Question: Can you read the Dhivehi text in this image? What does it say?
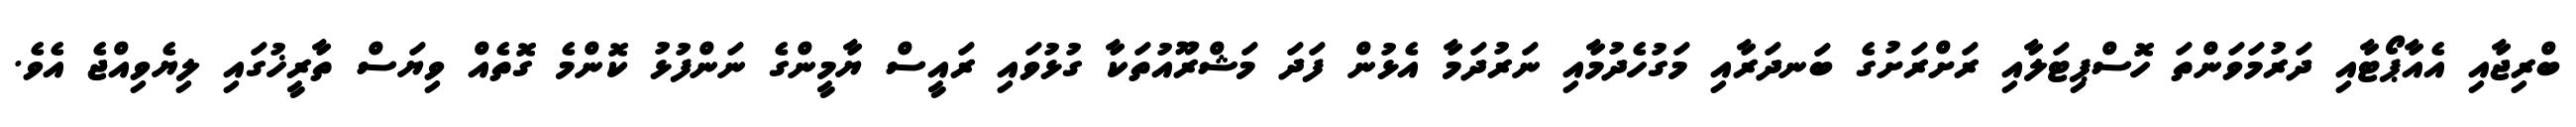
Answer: ބްރިޖާއި އެއާޕޯޓާއި ދަރުމަވަންތަ ހޮސްޕިޓަލާއި ރަށްރަށުގެ ބަނދަރާއި މަގުހެދުމާއި ނަރުދަމާ އެޅުން ފަދަ މަޝްރޫއުތަކާ ގުޅުވައި ރައީސް ޔާމީންގެ ނަންފުޅު ކޮންމެ ގޮތެއް ވިޔަސް ތާރީޚުގައި ލިޔެވިއްޖެ އެވެ.